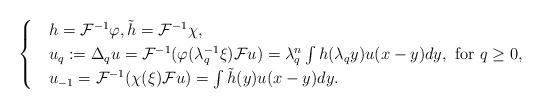
LaTeX: \begin{align*}\begin{cases}&h=\mathcal F^{-1}\varphi, \tilde h=\mathcal F^{-1}\chi,\\&u_q:=\Delta_qu=\mathcal F^{-1}(\varphi(\lambda_q^{-1}\xi)\mathcal Fu)=\lambda_q^n\int h(\lambda_qy)u(x-y)dy, \mbox { for } q\geq 0,\\& u_{-1}=\mathcal F^{-1}(\chi(\xi)\mathcal Fu)=\int \tilde h(y)u(x-y)dy.\end{cases}\end{align*}